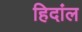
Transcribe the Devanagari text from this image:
हिदांल